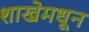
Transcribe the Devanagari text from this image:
शाखेमधून